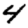
Digit: 4